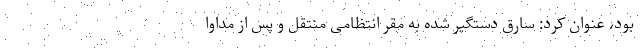
بود، عنوان کرد: سارق دستگیر شده به مقر انتظامی منتقل و پس از مداوا